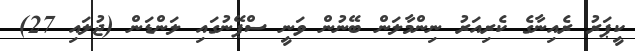
ކީޕަރު ރެއިނާގެ ކެރިއަރު ނިންމާލަން ބޭނުން ވަނީ ސްޕޭނުގައި ލަންޑަން (ޖުލައި 27)